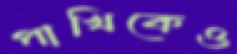
পাখিকেও